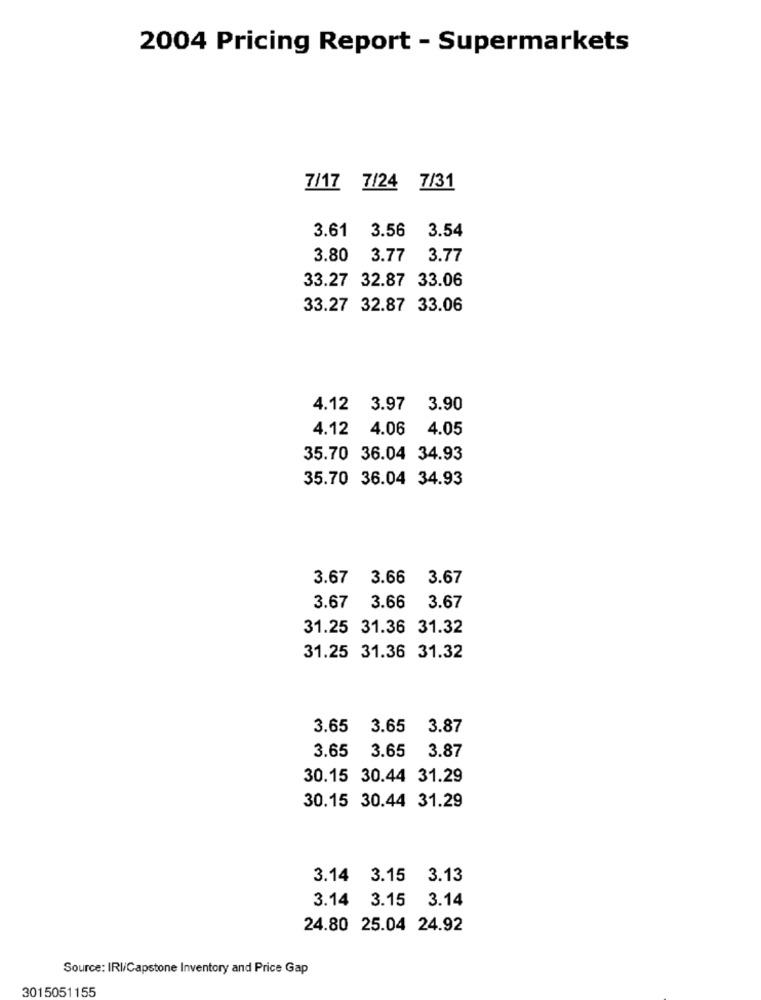
2004 Pricing Report - Supermarkets
7/17 7/24 7/31
3.61
3.56 3.54
3.80
3.77 3.77
33.27 32.87 33.06
33.27 32.87 33.06
4.12 3.97 3.90
4.12 4.06
4.05
35.70 36.04 34.93
35.70 36.04 34.93
3.67 3.66
3.67
3.67 3.66
3.67
31.25 31.36 31.32
31.25 31.36 31.32
3.65
3.65
3.87
3.65 3.65
3.87
30.15 30.44 31.29
30.15 30.44 31.29
3.14 3.15 3.13
3.14 3.15 3.14
24.80 25.04 24.92
Source: IRI/Capstone Inventory and Price Gap
3015051155